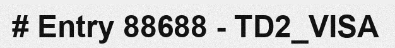
# Entry 88688 - TD2_VISA